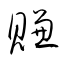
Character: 賺